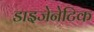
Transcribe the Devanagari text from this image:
डाइजेनेटिक